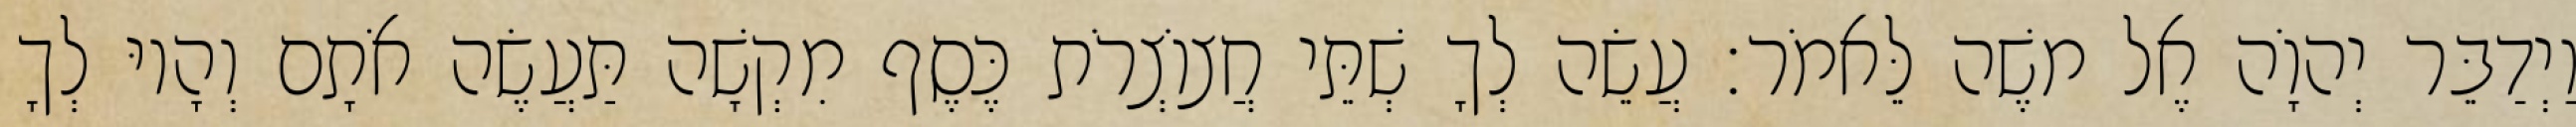
וַיְדַבֵּר יְהוָֹה אֶל משֶׁה לֵּאמֹר׃ עֲשֵׂה לְךָ שְׁתֵּי חֲצוֹצְרֹת כֶּסֶף מִקְשָׁה תַּעֲשֶׂה אֹתָם וְהָיוּ לְךָ